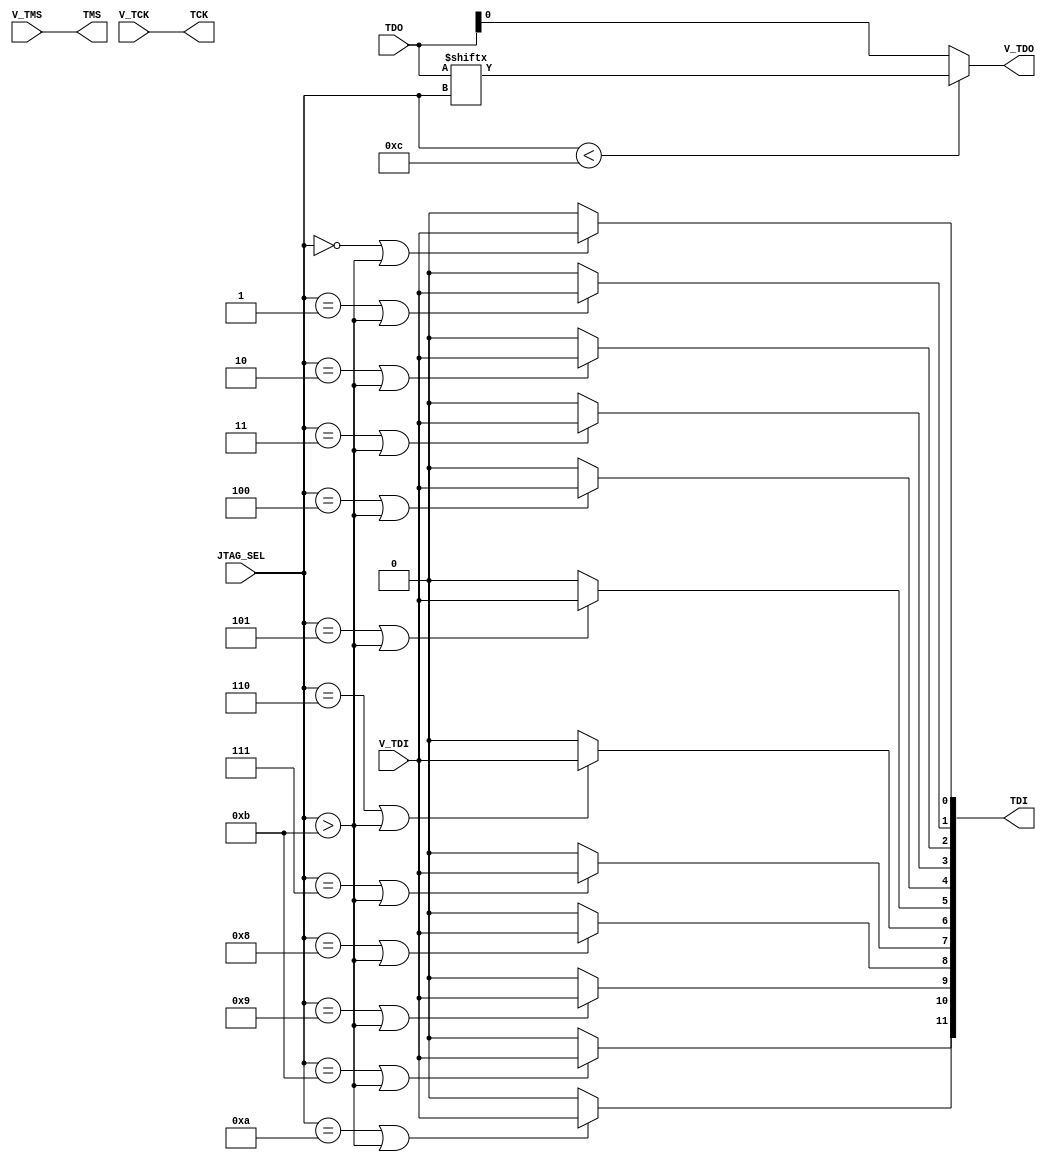
//////////////////////////////////////////////////////////////////////////////////
// Company:
// Engineer:
//
// Design Name:
// Module Name: JTAG_MUX
// Project Name:
// Target Devices:
// Tool versions:
// Description:
//
// Dependencies:
//
// Revision:
// Revision 0.01 - File Created
// Additional Comments:
//
//////////////////////////////////////////////////////////////////////////////////
module JTAG_MUX(
input [11:0] TDO,
output [11:0] TDI,
output TMS,
output TCK,
input [3:0] JTAG_SEL,
input V_TDI,
output V_TDO,
input V_TMS,
input V_TCK
);

assign TMS = V_TMS;
assign TCK = V_TCK;

generate
genvar JTAGIt;
	for (JTAGIt=0;JTAGIt<12;JTAGIt=JTAGIt+1) begin : JTAG_LOOP
		assign TDI[JTAGIt] = (((JTAG_SEL == JTAGIt) || JTAG_SEL > 'd11) ? V_TDI : 0);
	end
endgenerate

assign V_TDO = (JTAG_SEL < 'd12) ? TDO[JTAG_SEL] : TDO[0];

endmodule